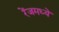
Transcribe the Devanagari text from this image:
रेंजमध्ये